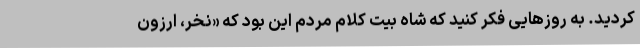
کردید. به روزهایی فکر کنید که شاه بیت کلام مردم این بود که «نخر، ارزون